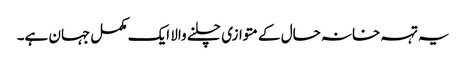
یہ تہہ خانہ حال کے متوازی چلنے والا ایک مکمل جہان ہے۔